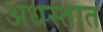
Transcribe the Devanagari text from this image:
अधस्तात